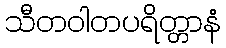
သီတဝါတပရိတ္တာနံ